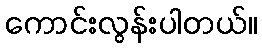
ကောင်းလွန်းပါတယ်။